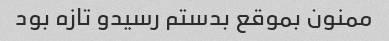
ممنون بموقع بدستم رسیدو تازه بود